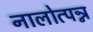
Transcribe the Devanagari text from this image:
नालोत्पन्न